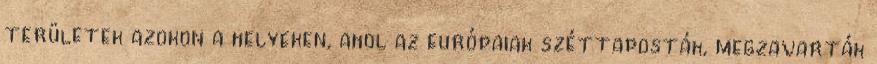
területek azokon a helyeken, ahol az európaiak széttaposták, megzavarták